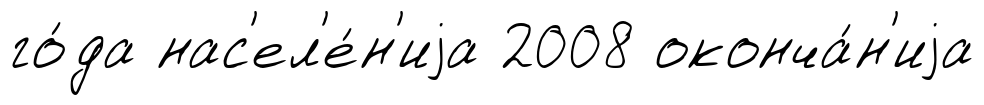
го́да нас'ел'е́н'иjа 2008 оконча́н'иjа